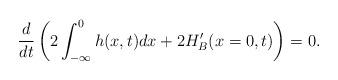
LaTeX: \begin{align*}\frac{d}{dt}\left( 2\int ^{0}_{-\infty }h(x,t)dx+2H_{B}^{\prime }(x=0,t)\right) =0.\end{align*}